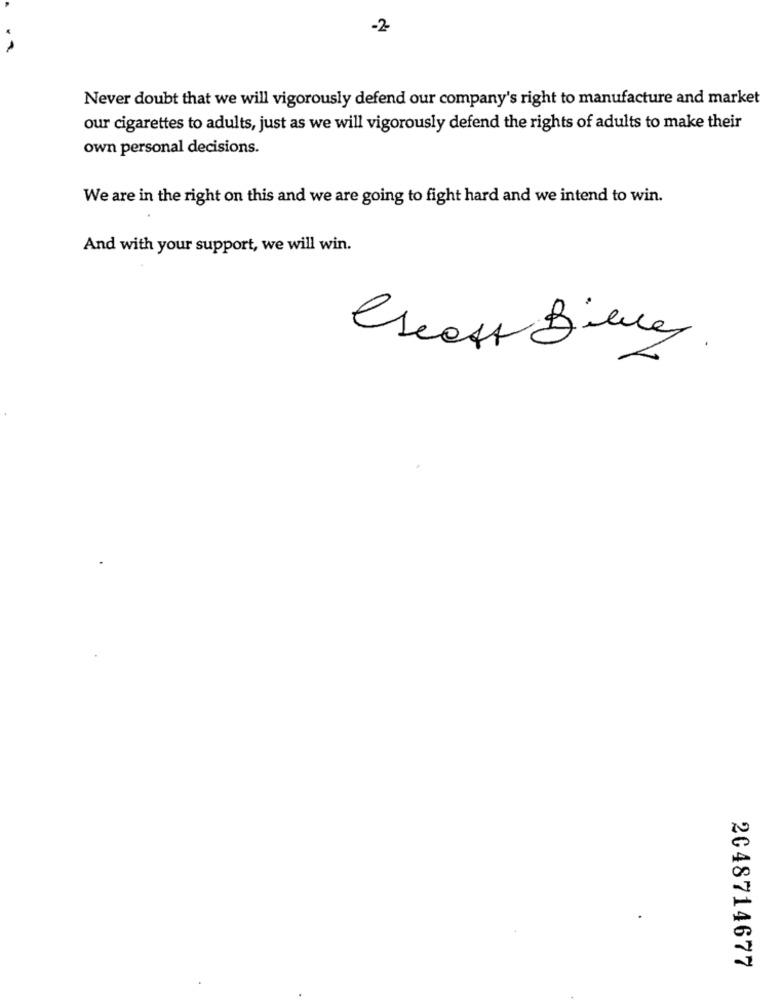
-2
Never doubt that we will vigorously defend our company's right to manufacture and market
our cigarettes to adults, just as we will vigorously defend the rights of adults to make their
own personal decisions.
We are in the right on this and we are going to fight hard and we intend to win.
And with your support, we will win.
Cheaff Biene.
2048714677